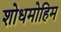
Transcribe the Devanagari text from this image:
शोधमोहिम